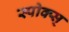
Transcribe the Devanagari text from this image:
स्पोक्स्